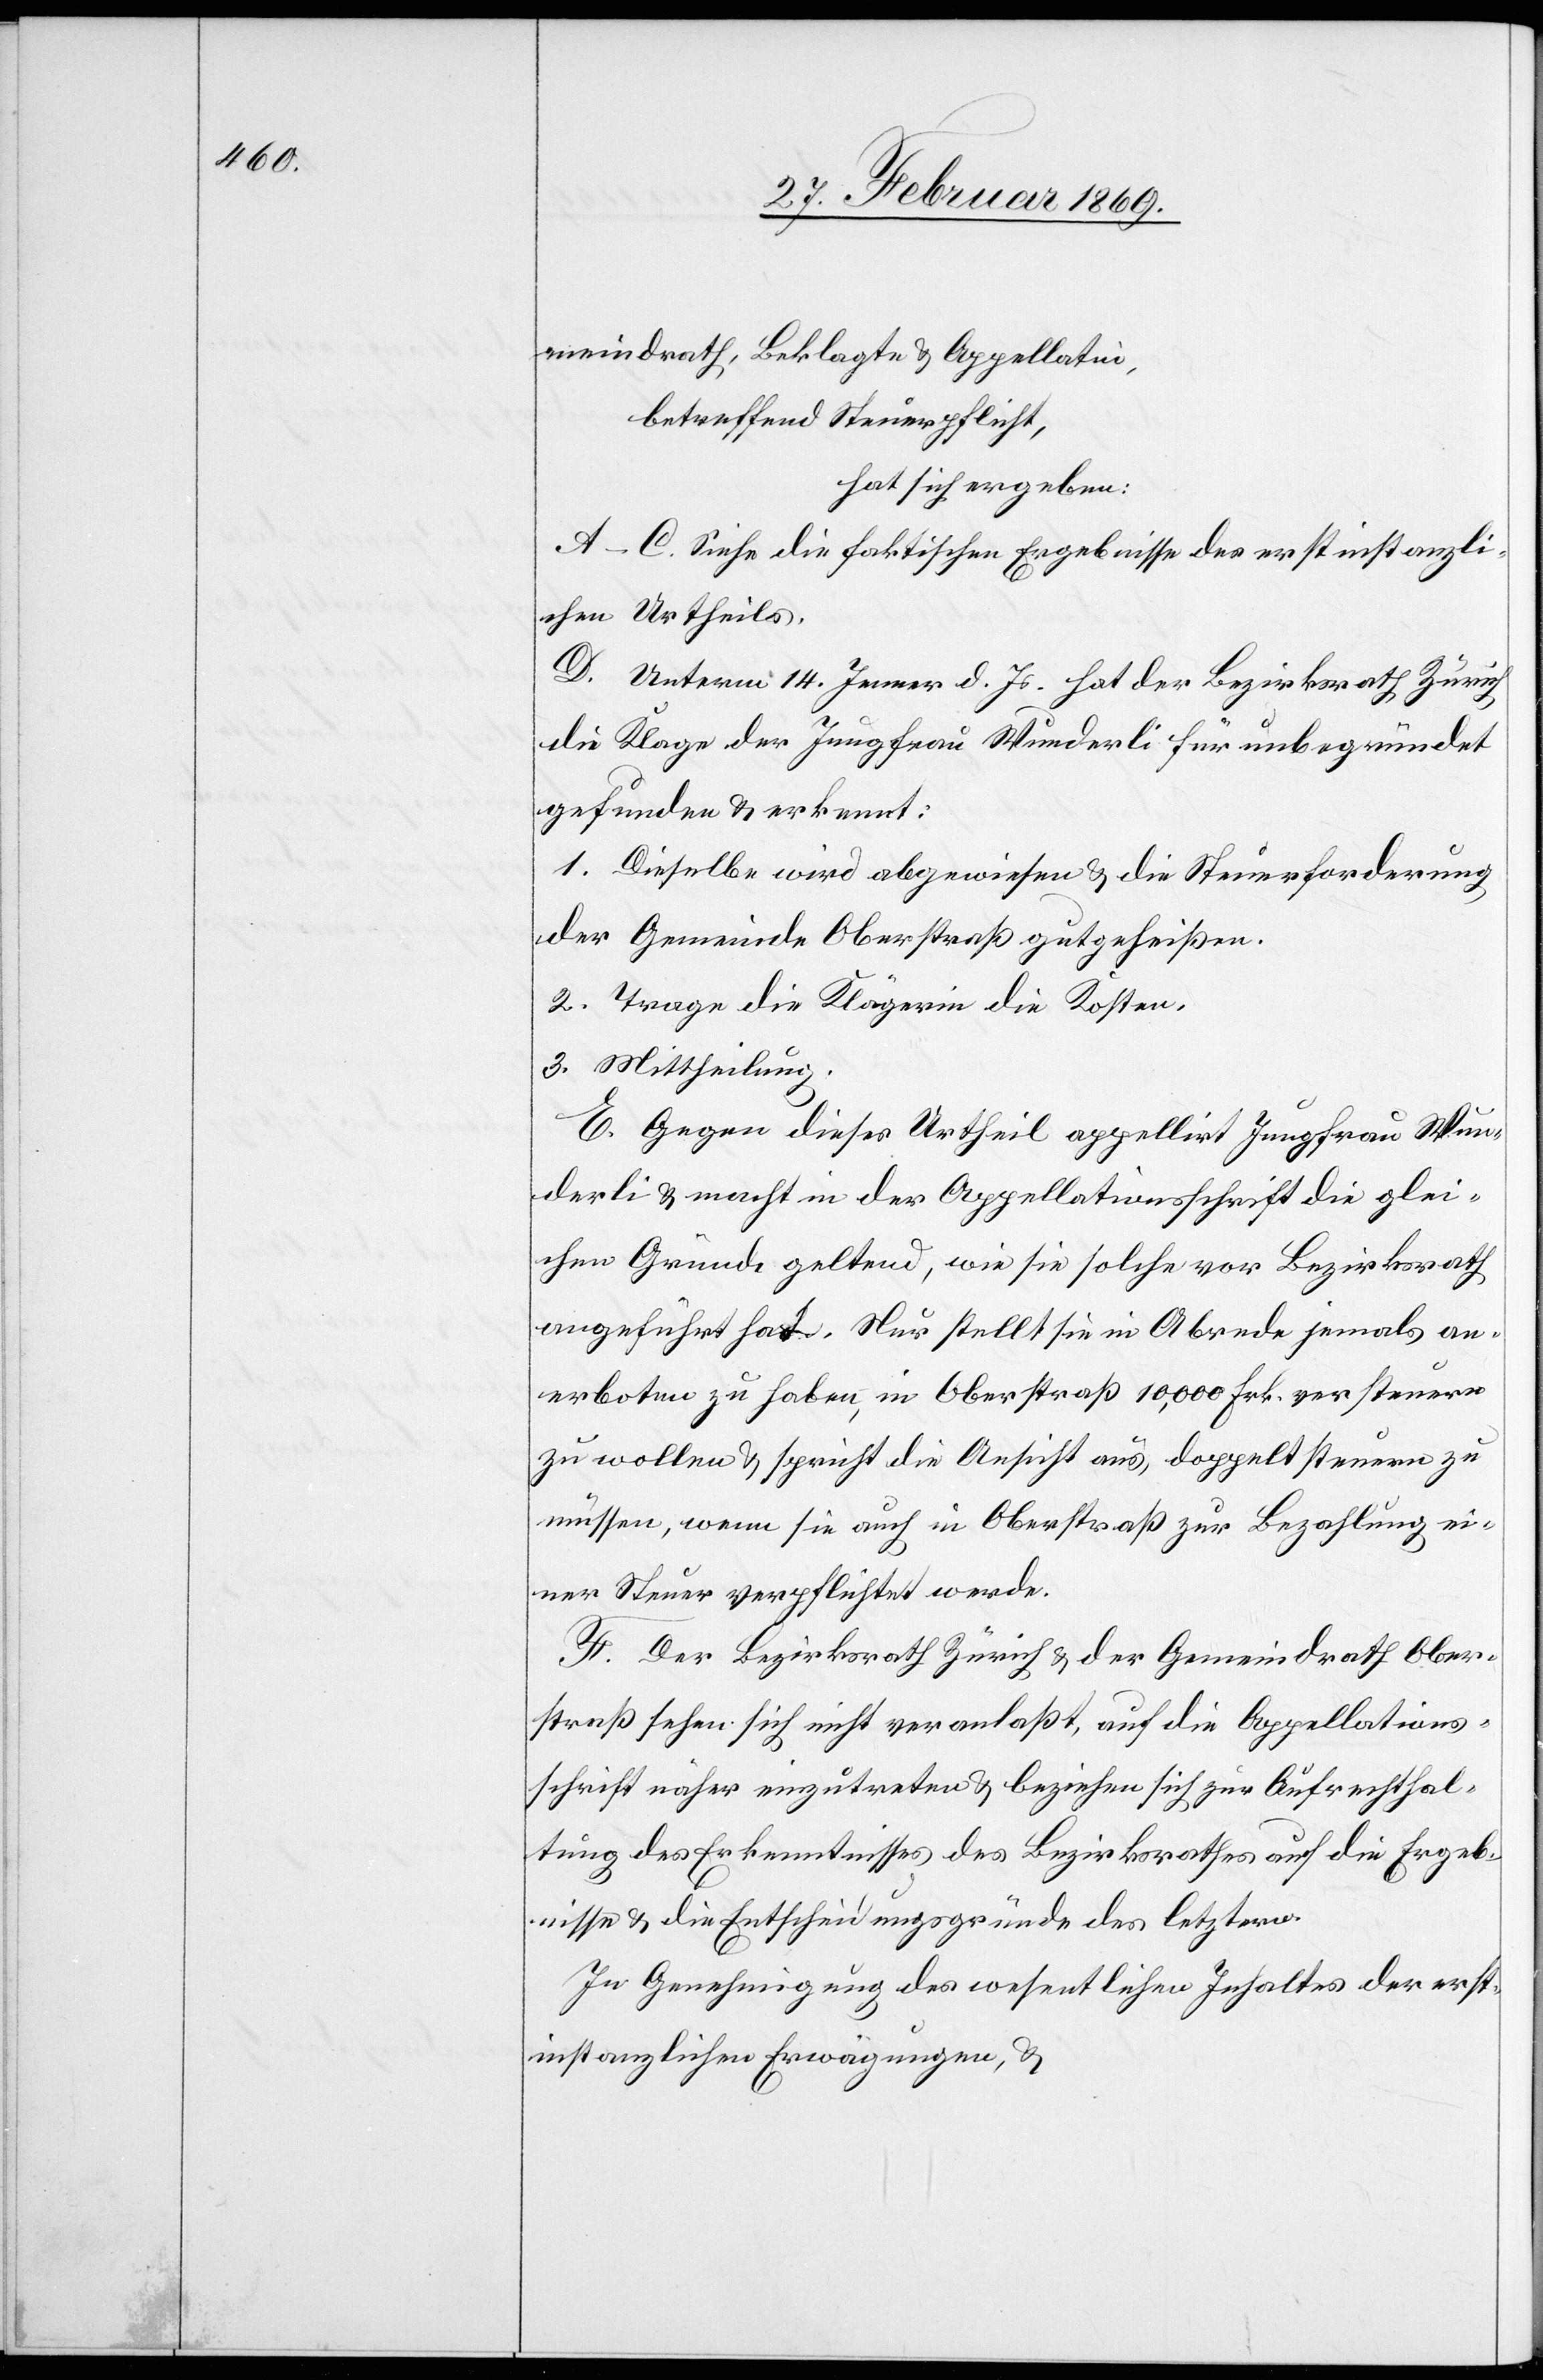
meindrath, Beklagte & Appellatin,
betreffend Steuerpflicht,
hat sich ergeben:
A–C. Siehe die faktischen Ergebnisse des erstinstanzli¬
chen Urtheils.
D. Unterm 14. Jenner d. Js. hat der Bezirksrath Zürich
die Klage der Jungfrau Wunderli für unbegründet
gefunden & erkennt:
1. Dieselbe wird abgewiesen & die Steuerforderung
der Gemeinde Oberstraß gutgeheißen.
2. Trage die Klägerin die Kosten.
3. Mittheilung.
E. Gegen dieses Urtheil appellirt Jungfrau Wun¬
derli & macht in der Appellationsschrift die glei¬
chen Gründe geltend, wie sie solche vor Bezirksrath
angeführt hat. Nur stellt sie in Abrede jemals an¬
erboten zu haben, in Oberstraß 10,000 Frk. versteuern
zu wollen & spricht die Ansicht aus, doppelt steuern zu
müssen, wenn sie auch in Oberstraß zur Bezahlung ei¬
ner Steuer verpflichtet werde.
F. Der Bezirksrath Zürich & der Gemeindrath Ober¬
straß sehen sich nicht veranlaßt, auf die Appellations¬
schrift näher einzutreten & beziehen sich zur Aufrechthal¬
tung des Erkenntnisses des Bezirksrathes auf die Ergeb¬
nisse & die Entscheidungsgründe des letztern.
In Genehmigung des wesentlichen Inhaltes der erst¬
instanzlichen Erwägungen, &